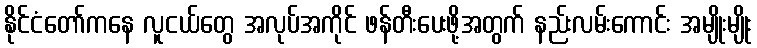
နိုင်ငံတော်ကနေ လူငယ်တွေ အလုပ်အကိုင် ဖန်တီးပေးဖို့အတွက် နည်းလမ်းကောင်း အမျိုးမျိုး